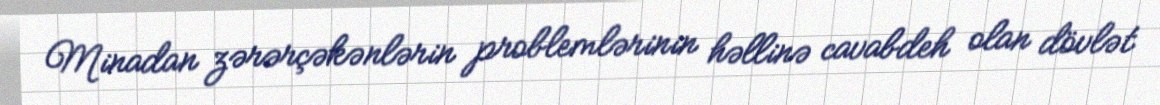
Minadan zərərçəkənlərin problemlərinin həllinə cavabdeh olan dövlət